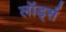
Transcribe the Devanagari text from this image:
लॉर्ड्‍स